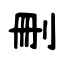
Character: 刪